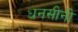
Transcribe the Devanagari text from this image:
धनसीनी